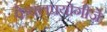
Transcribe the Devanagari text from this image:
केवलप्रयोगीजे